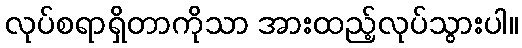
လုပ်စရာရှိတာကိုသာ အားထည့်လုပ်သွားပါ။